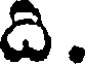
ది .